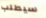
سيطلب